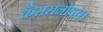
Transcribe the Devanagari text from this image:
कैससनोवास